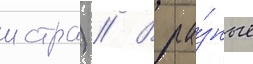
истра) // В ра́зные